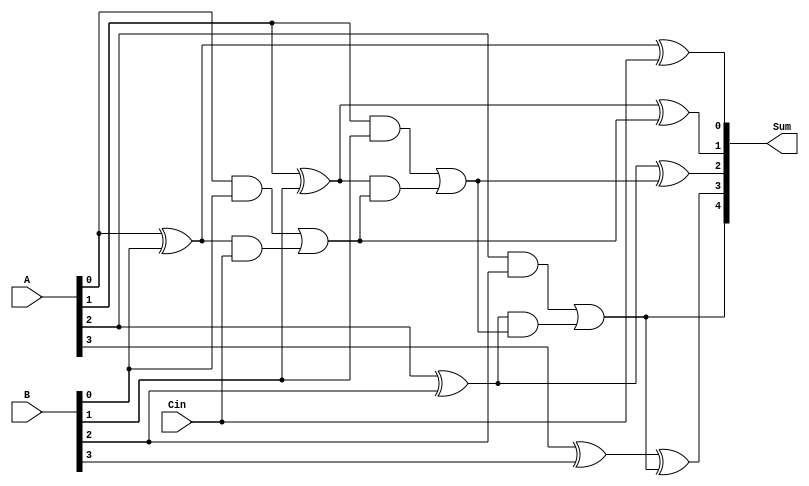
module conditional_sum_adder (
    input [3:0] A,   // 4-bit input A
    input [3:0] B,   // 4-bit input B
    input Cin,       // Carry input
    output [4:0] Sum // 5-bit output Sum (4 bits + carry out)
);

    wire [1:0] S0, S1;   // Sums for each block
    wire [1:0] C0, C1;   // Carry generated by each block
    wire C_out;          // Final carry out for the last block

    // Block 0 (Least Significant Bits)
    assign S0[0] = A[0] ^ B[0]; // S0_0
    assign S0[1] = A[1] ^ B[1]; // S0_1
    assign C0[0] = (A[0] & B[0]) | (S0[0] & Cin); // Carry out for block 0
    assign C0[1] = (A[1] & B[1]) | (S0[1] & C0[0]); // Carry out for block 1

    // Block 1 (Most Significant Bits)
    assign S1[0] = A[2] ^ B[2]; // S1_0
    assign S1[1] = A[3] ^ B[3]; // S1_1
    assign C_out = (A[2] & B[2]) | (S1[0] & C0[1]); // Final carry out

    // Final Sum Calculation
    assign Sum[0] = S0[0] ^ Cin; // Final Sum bit 0
    assign Sum[1] = S0[1] ^ C0[0]; // Final Sum bit 1
    assign Sum[2] = S1[0] ^ C0[1]; // Final Sum bit 2
    assign Sum[3] = S1[1] ^ C_out; // Final Sum bit 3
    assign Sum[4] = C_out; // Final carry out

endmodule